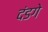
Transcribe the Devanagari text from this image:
दंडगे